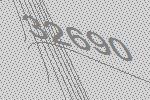
32690